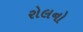
રોલનો